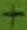
Text: +